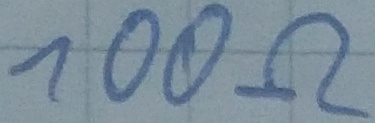
Text: 100Ω